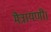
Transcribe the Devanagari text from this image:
मैत्रायणी।